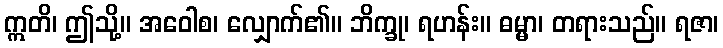
ဣတိ၊ ဤသို့။ အဝေါစ၊ လျှောက်၏။ ဘိက္ခု၊ ရဟန်း။ ဓမ္မာ၊ တရားသည်။ ရဇာ၊